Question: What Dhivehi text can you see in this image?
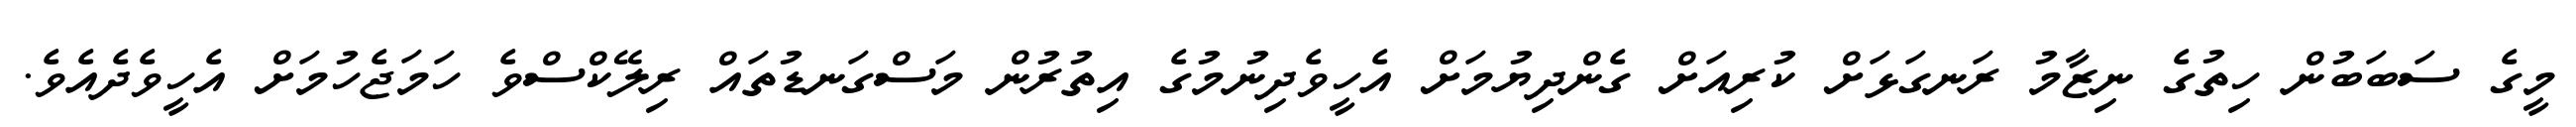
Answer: މީގެ ސަބަބުން ހިތުގެ ނިޒާމު ރަނގަޅަށް ކުރިއަށް ގެންދިޔުމަށް އެހީވެދިނުމުގެ އިތުރުން މަސްގަނޑުތައް ރިލޭކްސްވެ ހަމަޖެހުމަށް އެހީވެދެއެވެ.